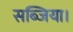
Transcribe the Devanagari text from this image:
सब्जिया।